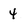
Character: 4